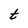
Character: t